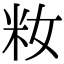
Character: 籹